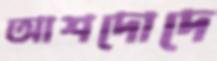
আশদোদে